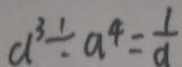
a ^ { 3 } \div a ^ { 4 } = \frac { 1 } { a }